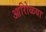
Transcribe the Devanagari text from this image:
आरोिळया